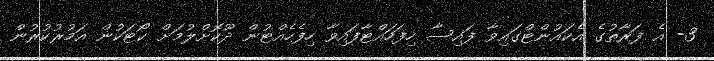
3- އެ ފަރާތުގެ އެކައުންޓްގައިވާ ފައިސާ ހިފަހައްޓާފައިވާ ހިފެހެއްޓުން ދޫކޮށްލުމަށް ކޯޓަކުން އަމުރުކުރުން